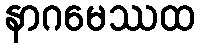
နာဂမေဿထ